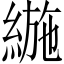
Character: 𦂛